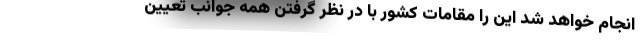
انجام خواهد شد این را مقامات کشور با در نظر گرفتن همه جوانب تعیین